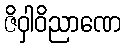
ဇိဝှါဝိညာဏေ